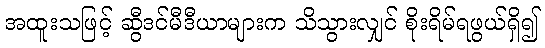
အထူးသဖြင့် ဆွီဒင်မီဒီယာများက သိသွားလျှင် စိုးရိမ်ရဖွယ်ရှိ၍